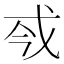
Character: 𢦟